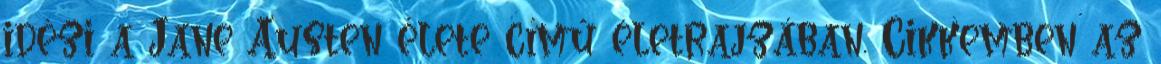
idézi a Jane Austen élete című életrajzában. Cikkemben az